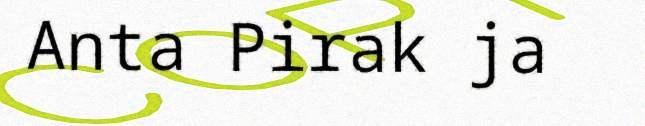
Anta Pirak ja